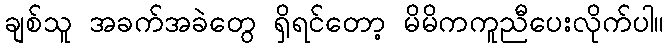
ချစ်သူ အခက်အခဲတွေ ရှိရင်တော့ မိမိကကူညီပေးလိုက်ပါ။